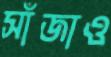
সাঁজাও